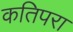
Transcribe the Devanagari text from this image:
कतिपरा